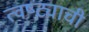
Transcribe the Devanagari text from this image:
त्वष्ट्याची